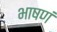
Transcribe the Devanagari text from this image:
भाषणं